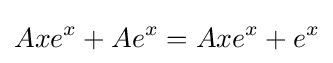
Axe^{x}+Ae^{x}=Axe^{x}+e^{x}